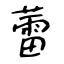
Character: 蕾